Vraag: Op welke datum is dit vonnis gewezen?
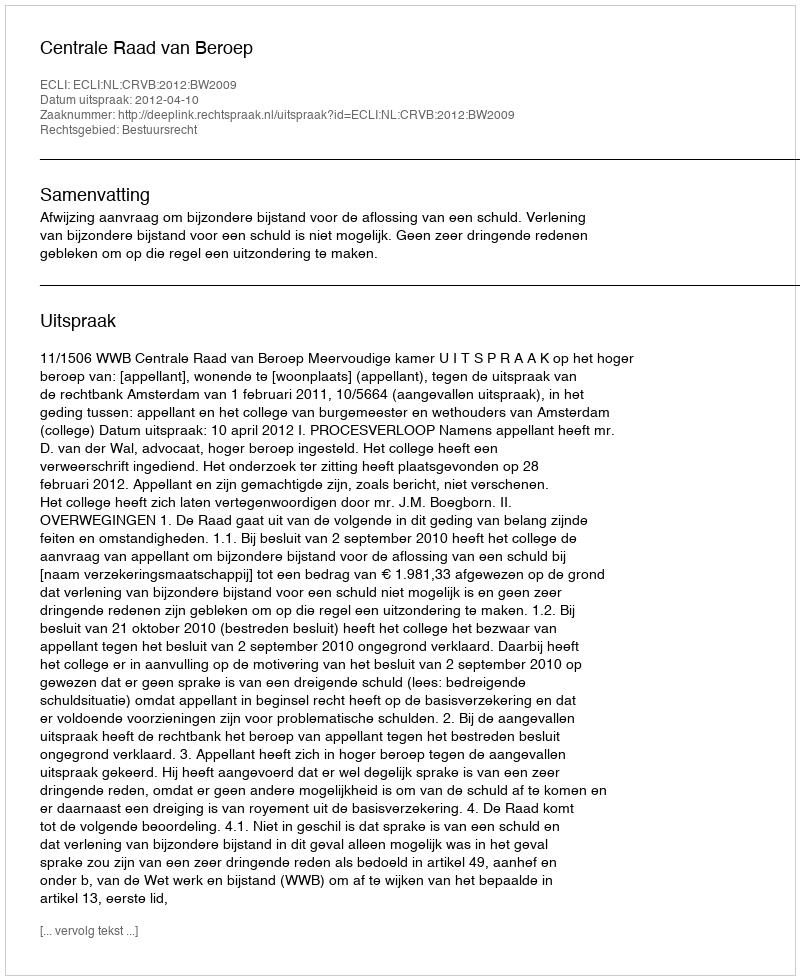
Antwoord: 2012-04-10